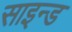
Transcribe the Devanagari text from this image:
साइन्ड